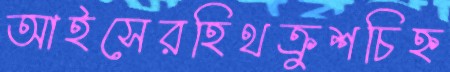
আইসেরহিথক্রুশচিহ্ন